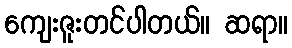
ကျေးဇူးတင်ပါတယ်။ ဆရာ။